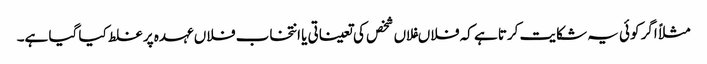
مثلاً اگر کوئی یہ شکایت کرتا ہے کہ فلاںفلاں شخص کی تعیناتی یا انتخاب فلاں عہدہ پر غلط کیا گیا ہے۔